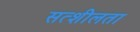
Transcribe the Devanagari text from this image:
सत्शीलता